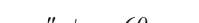
١٤٢